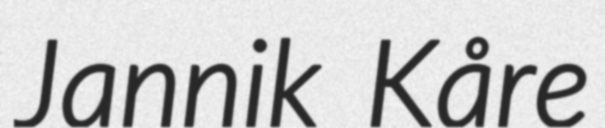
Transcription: Jannik Kåre